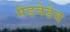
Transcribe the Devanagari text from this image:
मेडवेडेव